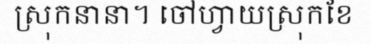
ស្រុកនានា។ ចៅហ្វាយស្រុកខែ